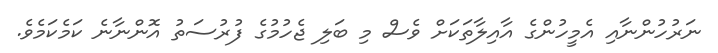
ނަރުހުންނާއި އެމީހުންގެ އާއިލާތަކަށް ވެސް މި ބަލި ޖެހުމުގެ ފުރުސަތު އޮންނާނެ ކަމެކަމެވެ.